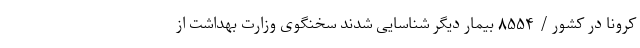
کرونا در کشور / ۸۵۵۴ بیمار دیگر شناسایی شدند سخنگوی وزارت بهداشت از